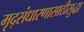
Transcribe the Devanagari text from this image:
मृद्संधारणासाठीसुद्धा